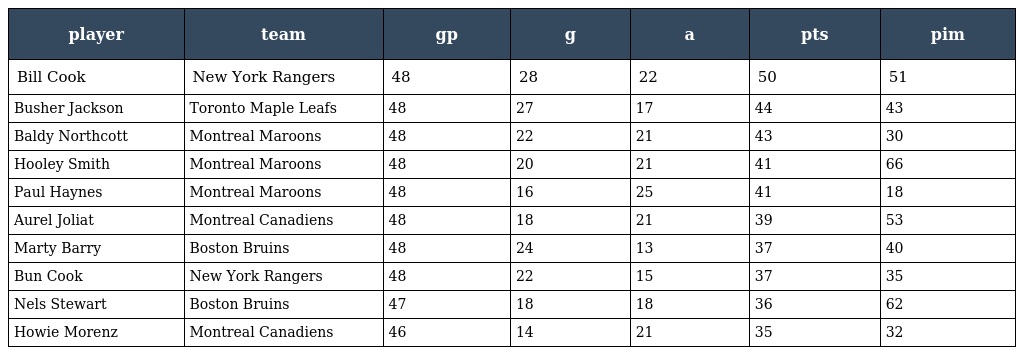
| player | team | gp | g | a | pts | pim |
 | --- | --- | --- | --- | --- | --- | --- |
 | Bill Cook | New York Rangers | 48 | 28 | 22 | 50 | 51 |
 | Busher Jackson | Toronto Maple Leafs | 48 | 27 | 17 | 44 | 43 |
 | Baldy Northcott | Montreal Maroons | 48 | 22 | 21 | 43 | 30 |
 | Hooley Smith | Montreal Maroons | 48 | 20 | 21 | 41 | 66 |
 | Paul Haynes | Montreal Maroons | 48 | 16 | 25 | 41 | 18 |
 | Aurel Joliat | Montreal Canadiens | 48 | 18 | 21 | 39 | 53 |
 | Marty Barry | Boston Bruins | 48 | 24 | 13 | 37 | 40 |
 | Bun Cook | New York Rangers | 48 | 22 | 15 | 37 | 35 |
 | Nels Stewart | Boston Bruins | 47 | 18 | 18 | 36 | 62 |
 | Howie Morenz | Montreal Canadiens | 46 | 14 | 21 | 35 | 32 |